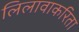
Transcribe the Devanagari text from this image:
लिलावाकरिता